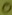
Text: 0